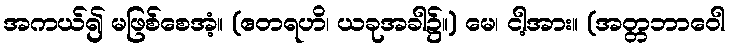
အကယ်၍ မဖြစ်စေအံ့။ (ဧတရဟိ၊ ယခုအခါ၌။) မေ၊ ငါ့အား။ (အတ္တဘာဝေါ